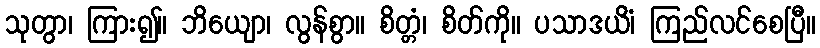
သုတွာ၊ ကြား၍။ ဘိယျော၊ လွန်စွာ။ စိတ္တံ၊ စိတ်ကို။ ပသာဒယိံ၊ ကြည်လင်စေပြီ။